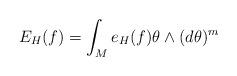
LaTeX: \begin{align*}E_H (f) = \int_M e_H (f) \theta \wedge (d \theta)^m\end{align*}